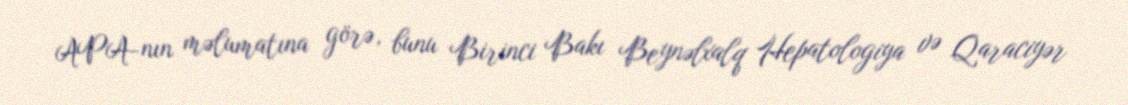
APA-nın məlumatına görə, bunu Birinci Bakı Beynəlxalq Hepatologiya və Qaraciyər